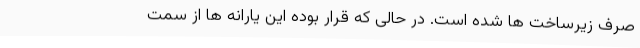
صرف زیرساخت ها شده است. در حالی که قرار بوده این یارانه ها از سمت